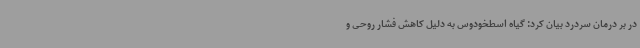
در بر درمان سردرد بیان کرد: گیاه اسطخودوس به دلیل کاهش فشار روحی و